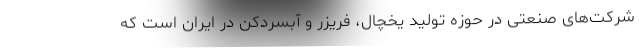
شرکت‌های صنعتی در حوزه تولید یخچال، فریزر و آبسردکن در ایران است که